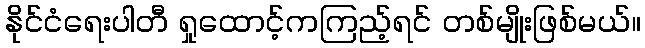
နိုင်ငံရေးပါတီ ရှုထောင့်ကကြည့်ရင် တစ်မျိုးဖြစ်မယ်။